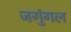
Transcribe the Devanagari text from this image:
जगुंगल